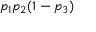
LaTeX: p _ { 1 } p _ { 2 } ( 1 - p _ { 3 } )